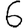
Digit: 6